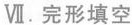
Ⅶ.完形填空